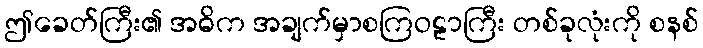
ဤခေတ်ကြီး၏ အဓိက အချက်မှာစကြဝဠာကြီး တစ်ခုလုံးကို စနစ်